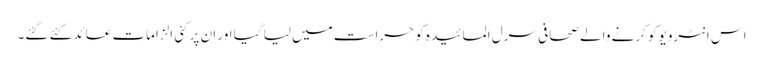
اس انٹرویو کو کرنے والے صحافی سرل المائیدہ کو حراست میں لیا گیا اور ان پر کئی الزامات عائد کئے گئے۔